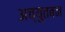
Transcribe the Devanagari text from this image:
अच्युतबन